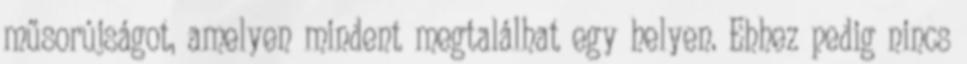
műsorújságot, amelyen mindent megtalálhat egy helyen. Ehhez pedig nincs